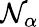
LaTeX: \mathcal{N}_{\alpha}